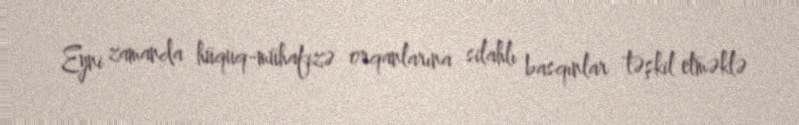
Eyni zamanda hüquq-mühafizə orqanlarına silahlı basqınlar təşkil etməklə